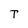
Character: T